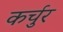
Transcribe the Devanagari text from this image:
कर्चुर